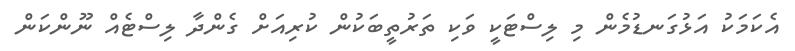
އެކަމަކު އަޅުގަނޑުމެން މި ލިސްޓަކީ ވަކި ތަރުތީބަކުން ކުރިއަށް ގެންދާ ލިސްޓެއް ނޫންކަން